Calcutta medical institutions reports 1871-78
Year: 1871
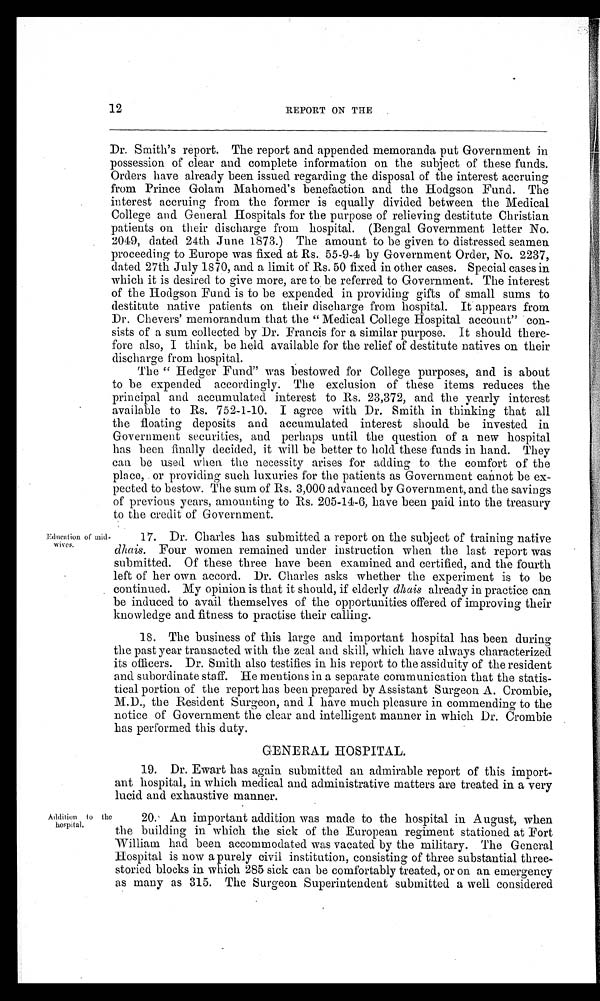
12
REPORT ON THE
Education of mid
-wives.
Dr. Smith's report. The report and appended memoranda put Government in
possession of clear and complete information on the subject of these funds.
Orders have already been issued regarding the disposal of the interest accruing
from Prince Golam Mahomed's benefaction and the Hodgson Fund. The
interest accruing from the former is equally divided between the Medical
College and General Hospitals for the purpose of relieving destitute Christian
patients on their discharge from hospital. (Bengal Government letter No.
2049, dated 24th June 1873.) The amount to be given to distressed seamen
proceeding to Europe was fixed at Rs. 55-9-4 by Government Order, No. 2237,
dated 27th July 1870, and a limit of Rs. 50 fixed in other cases. Special cases in
which it is desired to give more, are to be referred to Government. The interest
of the Hodgson Fund is to be expended in providing gifts of small sums to
destitute native patients on their discharge from hospital. It appears from
Dr. Chevers' memorandum that the "Medical College Hospital account" con-
sists of a sum collected by Dr. Francis for a similar purpose. It should there-
fore also, I think, be held available for the relief of destitute natives on their
discharge from hospital.
The "Hedger Fund" was bestowed for College purposes, and is about
to be expended accordingly. The exclusion of these items reduces the
principal and accumulated interest to Rs. 23,372, and the yearly interest
available to Rs. 752-1-10. I agree with Dr. Smith in thinking that all
the floating deposits and accumulated interest should be invested in
Government securities, and perhaps until the question of a new hospital
has been finally decided, it will be better to hold these funds in hand. They
can be used when the necessity arises for adding to the comfort of the
place, or providing such luxuries for the patients as Government cannot be ex-
pected to bestow. The sum of Rs. 3,000 advanced by Government, and the savings
of previous years, amounting to Rs. 205-14-6, have been paid into the treasury
to the credit of Government.
17. Dr. Charles has submitted a report on the subject of training native
dhais. Four women remained under instruction when the last report was
submitted. Of these three have been examined and certified, and the fourth
left of her own accord. Dr. Charles asks whether the experiment is to be
continued. My opinion is that it should, if elderly dhais already in practice can
be induced to avail themselves of the opportunities offered of improving their
knowledge and fitness to practise their calling.
18. The business of this large and important hospital has been during
the past year transacted with the zeal and skill, which have always characterized
its officers. Dr. Smith also testifies in his report to the assiduity of the resident
and subordinate staff. He mentions in a separate communication that the statis-
tical portion of the report has been prepared by Assistant Surgeon A. Crombie,
M.D., the Resident Surgeon, and I have much pleasure in commending to the
notice of Government the clear and intelligent manner in which Dr. Crombie
has performed this duty.
Addition to the
hospital.
GENERAL HOSPITAL.
19. Dr. Ewart has again submitted an admirable report of this import-
ant hospital, in which medical and administrative matters are treated in a very
lucid and exhaustive manner.
20. An important addition was made to the hospital in August, when
the building in which the sick of the European regiment stationed at Fort
William had been accommodated was vacated by the military. The General
Hospital is now a purely civil institution, consisting of three substantial three-
storied blocks in which 285 sick can be comfortably treated, or on an emergency
as many as 315. The Surgeon Superintendent submitted a well considered